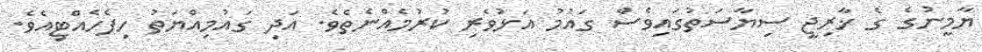
ޔާމީނުގެ ގެ ޚާރިޖީ ސިޔާސަތުގައިވެސް ގައުމު އަޅުވެރި ކުރުމެއްނެތެވެ. އަދި ގައުމިއްޔަތު ހިފެހެއްޓިއެވެ.